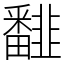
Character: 𩐏